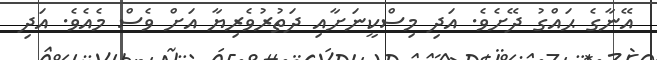
އޭނާގެ ޙައްގު ދޭށެވެ. އަދި މިސްކީނަށާއި ދަތުރުވެރިޔާ އަށް ވެސް މެއެވެ. އަދި